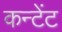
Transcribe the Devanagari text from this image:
कन्टेंट